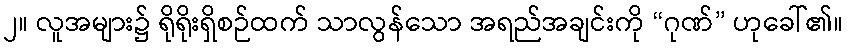
၂။ လူအများ၌ ရိုရိုးရှိစဉ်ထက် သာလွန်သော အရည်အချင်းကို “ဂုဏ်” ဟုခေါ်၏။